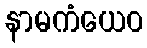
နာမကံယေဝ